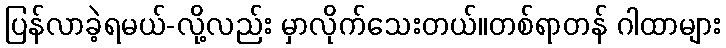
ပြန်လာခဲ့ရမယ်-လို့လည်း မှာလိုက်သေးတယ်။တစ်ရာတန် ဂါထာများ